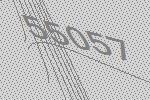
55057